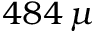
4 8 4 \, \mu